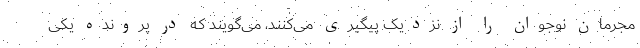
مجرمان نوجوان را از نزدیک پیگیری می‌کنند، می‌گویند که در پرونده یکی